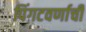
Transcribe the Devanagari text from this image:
पिंगटवर्णाची